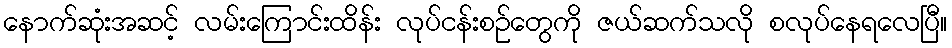
နောက်ဆုံးအဆင့် လမ်းကြောင်းထိန်း လုပ်ငန်းစဉ်တွေကို ဇယ်ဆက်သလို စလုပ်နေရလေပြီ။